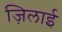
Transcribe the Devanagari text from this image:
ज़िलाई